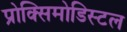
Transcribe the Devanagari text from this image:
प्रोक्सिमोडिस्टल